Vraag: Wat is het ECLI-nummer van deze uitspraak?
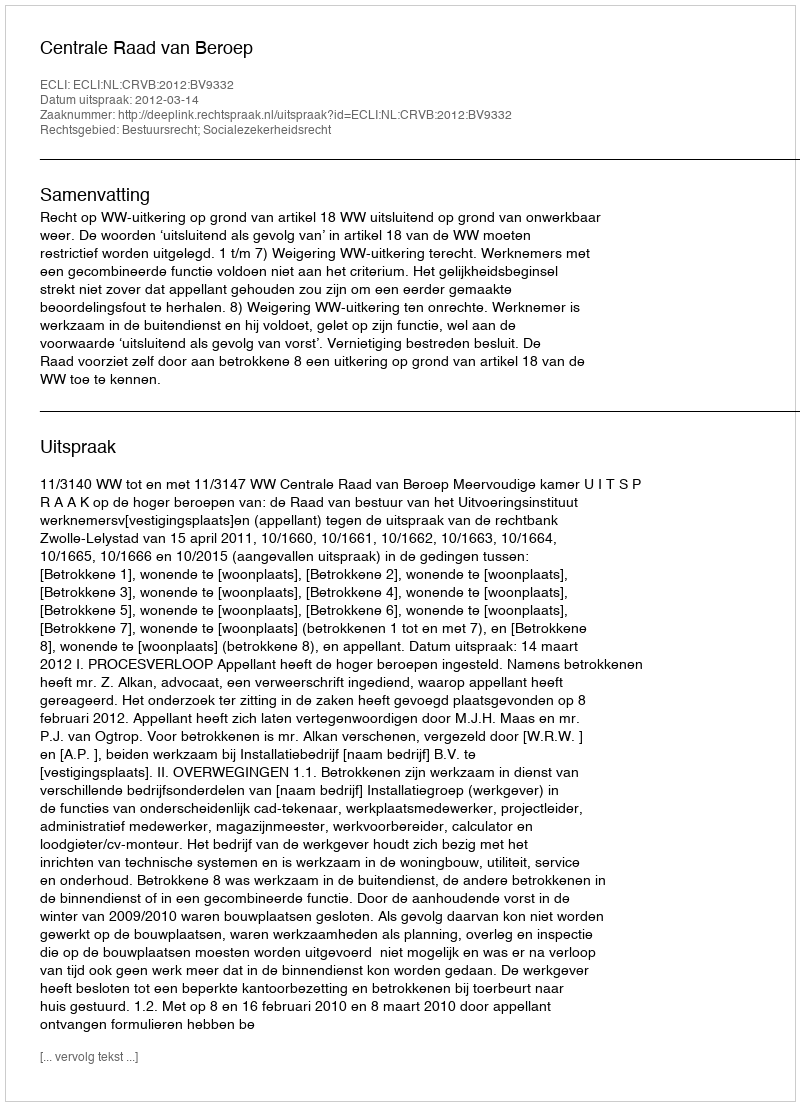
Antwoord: ECLI:NL:CRVB:2012:BV9332